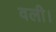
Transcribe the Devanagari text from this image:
वली।